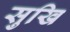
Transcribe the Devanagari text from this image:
सुखि